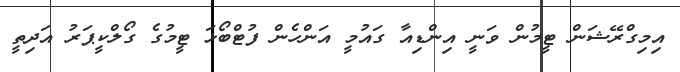
އިމިގްރޭޝަން ޓީމުން ވަނީ އިންޑިއާ ގައުމީ އަންހެން ފުޓްބޯޅަ ޓީމުގެ ގޯލްކީޕަރު އަދިތީ